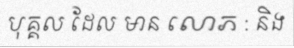
បុគ្គល ដែល មាន លោភ : និង